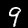
Digit: 9